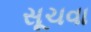
સૂચવા